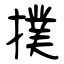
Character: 撲